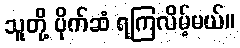
သူတို့ ပိုက်ဆံ ရကြလိမ့်မယ်။